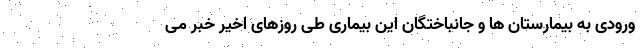
ورودی به بیمارستان ها و جانباختگان این بیماری طی روزهای اخیر خبر می